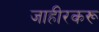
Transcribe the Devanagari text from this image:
जाहीरकरू